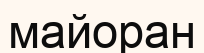
майоран